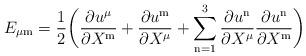
LaTeX: \begin{align*}E_{\mu \mathrm{m}} = {1\over 2}\biggl( {\partial u^\mu\over \partial X^{\mathrm{m}}}+{\partial u^{\mathrm{m}}\over \partial X^\mu}+ \sum_{\mathrm{n}=1}^3 {\partial u^{\mathrm{n}}\over \partial X^\mu} {\partial u^{\mathrm{n}}\over \partial X^{\mathrm{m}}}\biggr)\end{align*}